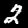
Label: 2